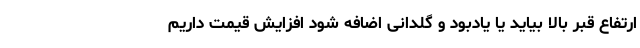
ارتفاع قبر بالا بیاید یا یادبود و گلدانی اضافه شود افزایش قیمت داریم